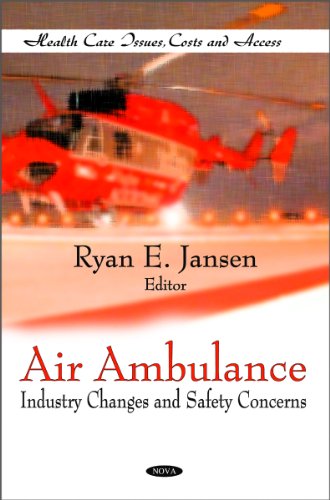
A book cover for Air Ambulance: Industry Changes and Safety Concerns (Health Care Issues, Costs and Access); Medical Books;